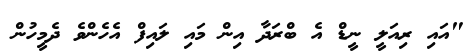
"އައި ރިއަލީ ނީޑް އެ ބްރަދާ އިން މައި ލައިފް އެހެންވެ ދެމީހުން